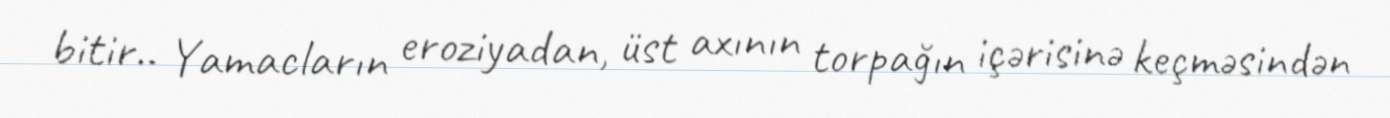
bitir.. Yamacların eroziyadan, üst axının torpağın içərisinə keçməsindən